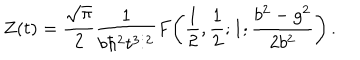
Z ( t ) = { \frac { \sqrt { \pi } } { 2 } } { \frac { 1 } { b \hbar ^ { 2 } t ^ { 3 / 2 } } } F \! \left( { \frac { 1 } { 2 } } , { \frac { 1 } { 2 } } ; 1 ; { \frac { b ^ { 2 } - g ^ { 2 } } { 2 b ^ { 2 } } } \right) .